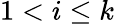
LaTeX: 1<i\leq k